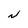
Character: N